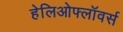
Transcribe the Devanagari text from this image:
हेलिओफ्लॉवर्स